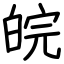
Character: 皖